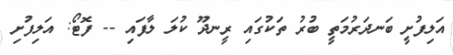
އަލިފުށީ ބަނދަރުމަތީ ބުރު ތަކުގައި ރީނދޫ ކުލަ ލާފައި -- ފޮޓޯ: އަލިފުށި